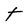
Character: t